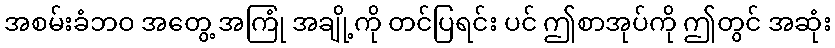
အစမ်းခံဘဝ အတွေ့ အကြုံ အချို့ကို တင်ပြရင်း ပင် ဤစာအုပ်ကို ဤတွင် အဆုံး